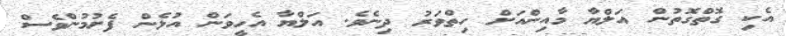
އެކި ގޮތްގޮތުން އަލްޔާ މާއިންއަށް ހިތްވަރު ދިނެވެ. އަލްޔާ އެހީވަން އުޅެން ފެށުމުންވެސް